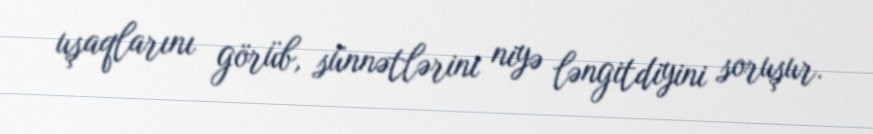
uşaqlarını görüb, sünnətlərini niyə ləngitdiyini soruşur.